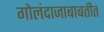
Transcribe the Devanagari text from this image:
गोलंदाजाबाबतीत